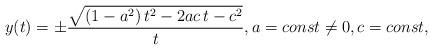
LaTeX: \begin{align*} y(t) = \pm \frac{\sqrt{(1-a^2)\,t^2 - 2ac\,t - c^2}}{t}, a = const \neq 0, c = const,\end{align*}